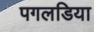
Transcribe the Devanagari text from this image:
पगलडिया